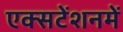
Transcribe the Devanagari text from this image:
एक्सटेंशनमें